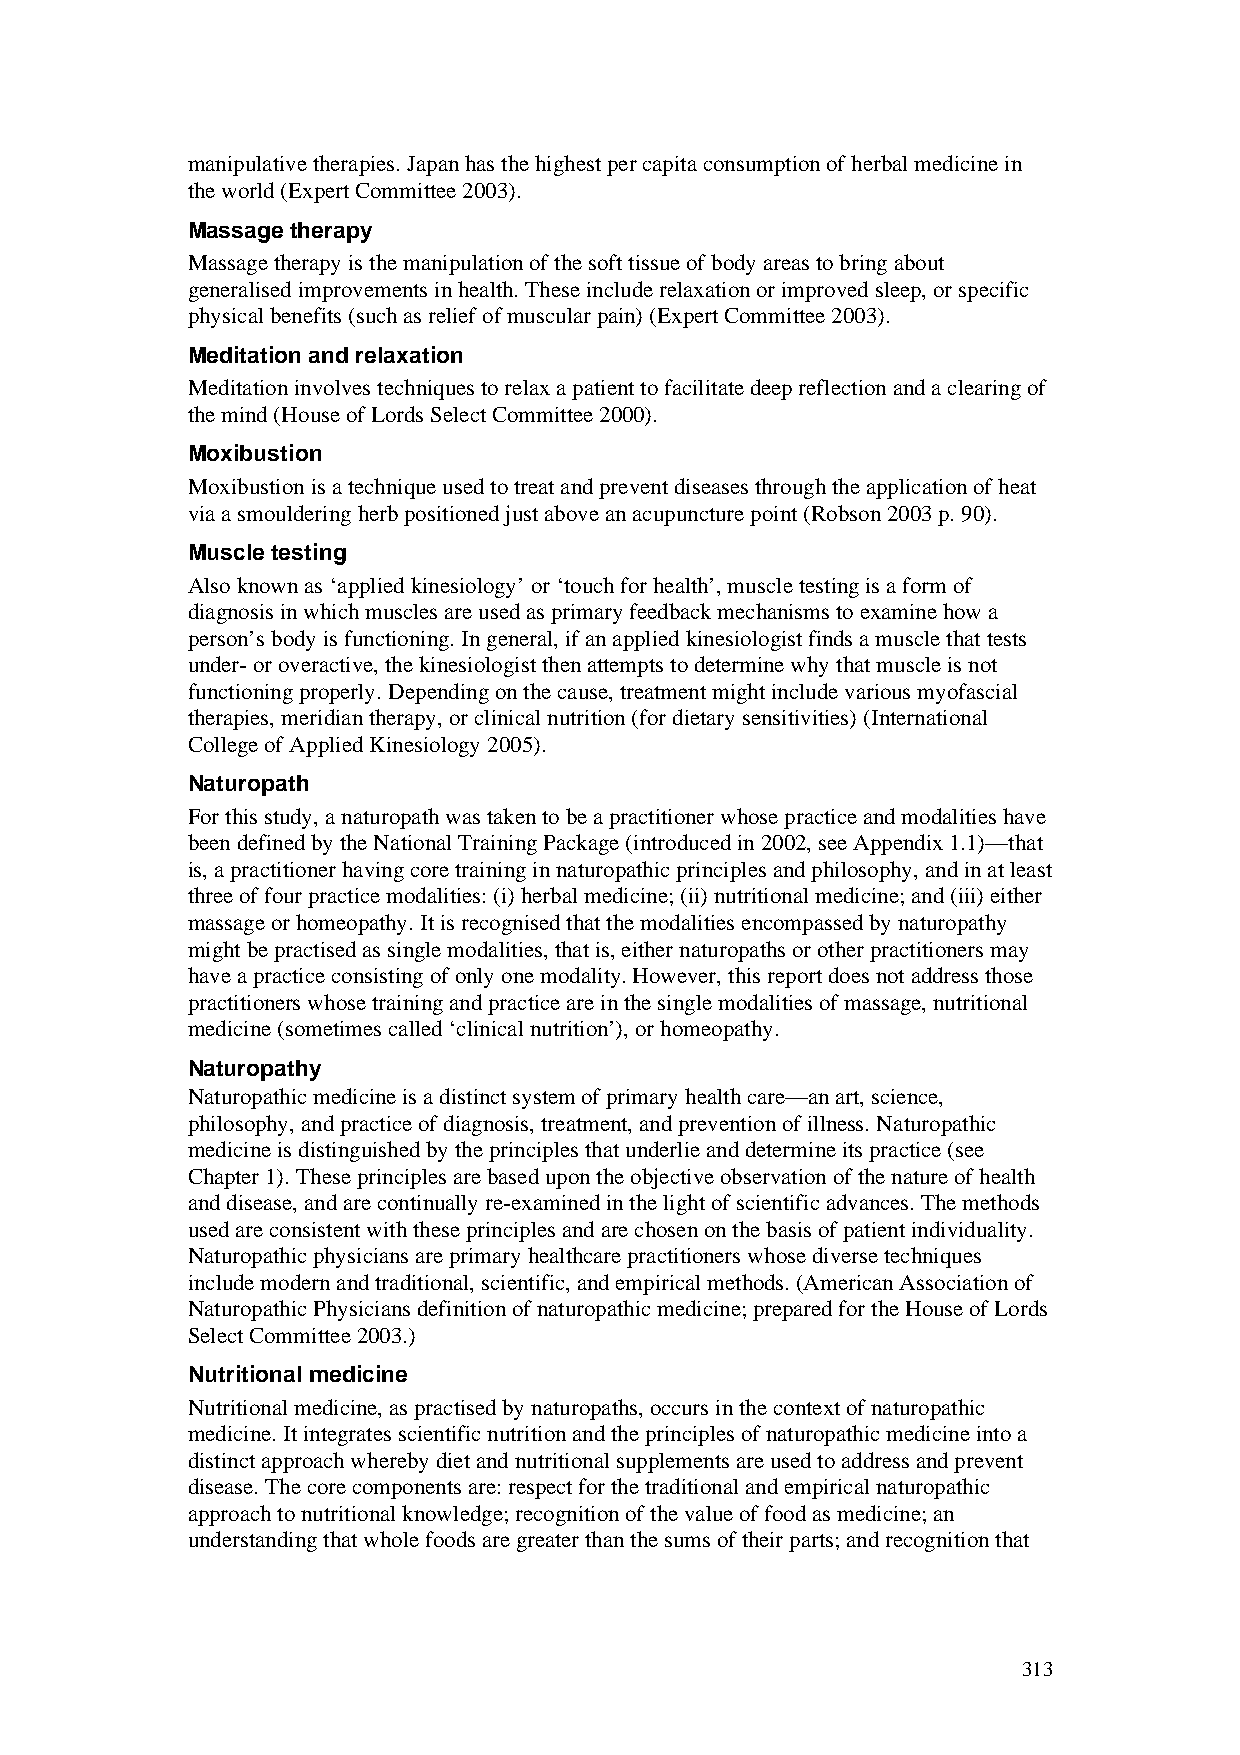
manipulative therapies. Japan has the highest per capita consumption of herbal medicine in
 the world (Expert Committee 2003).
 Massage therapy
 Massage therapy is the manipulation of the soft tissue of body areas to bring about
 generalised improvements in health. These include relaxation or improved sleep, or specific
 physical benefits (such as relief of muscular pain) (Expert Committee 2003).
 Meditation and relaxation
 Meditation involves techniques to relax a patient to facilitate deep reflection and a clearing of
 the mind (House of Lords Select Committee 2000).
 Moxibustion
 Moxibustion is a technique used to treat and prevent diseases through the application of heat
 via a smouldering herb positioned just above an acupuncture point (Robson 2003 p. 90).
 Muscle testing
 Also known as ‘applied kinesiology’ or ‘touch for health’, muscle testing is a form of
 diagnosis in which muscles are used as primary feedback mechanisms to examine how a
 person’s body is functioning. In general, if an applied kinesiologist finds a muscle that tests
 under- or overactive, the kinesiologist then attempts to determine why that muscle is not
 functioning properly. Depending on the cause, treatment might include various myofascial
 therapies, meridian therapy, or clinical nutrition (for dietary sensitivities) (International
 College of Applied Kinesiology 2005).
 Naturopath
 For this study, a naturopath was taken to be a practitioner whose practice and modalities have
 been defined by the National Training Package (introduced in 2002, see Appendix 1.1)—that
 is, a practitioner having core training in naturopathic principles and philosophy, and in at least
 three of four practice modalities: (i) herbal medicine; (ii) nutritional medicine; and (iii) either
 massage or homeopathy. It is recognised that the modalities encompassed by naturopathy
 might be practised as single modalities, that is, either naturopaths or other practitioners may
 have a practice consisting of only one modality. However, this report does not address those
 practitioners whose training and practice are in the single modalities of massage, nutritional
 medicine (sometimes called ‘clinical nutrition’), or homeopathy.
 Naturopathy
 Naturopathic medicine is a distinct system of primary health care—an art, science,
 philosophy, and practice of diagnosis, treatment, and prevention of illness. Naturopathic
 medicine is distinguished by the principles that underlie and determine its practice (see
 Chapter 1). These principles are based upon the objective observation of the nature of health
 and disease, and are continually re-examined in the light of scientific advances. The methods
 used are consistent with these principles and are chosen on the basis of patient individuality.
 Naturopathic physicians are primary healthcare practitioners whose diverse techniques
 include modern and traditional, scientific, and empirical methods. (American Association of
 Naturopathic Physicians definition of naturopathic medicine; prepared for the House of Lords
 Select Committee 2003.)
 Nutritional medicine
 Nutritional medicine, as practised by naturopaths, occurs in the context of naturopathic
 medicine. It integrates scientific nutrition and the principles of naturopathic medicine into a
 distinct approach whereby diet and nutritional supplements are used to address and prevent
 disease. The core components are: respect for the traditional and empirical naturopathic
 approach to nutritional knowledge; recognition of the value of food as medicine; an
 understanding that whole foods are greater than the sums of their parts; and recognition that
 313